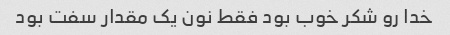
خدا رو شکر خوب بود فقط نون یک مقدار سفت بود